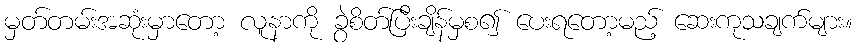
မှတ်တမ်းအဆုံးမှာတော့ လူနာကို ခွဲစိတ်ပြီးချိန်မှစ၍ ပေးရတော့မည့် ဆေးကုသချက်များ။